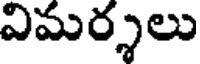
విమర్శలు